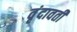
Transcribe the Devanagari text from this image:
वृंदावती